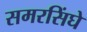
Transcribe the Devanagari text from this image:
समरसिंघे